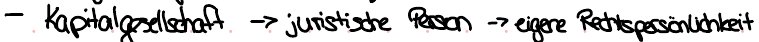
- Kapitalgesellschaft -> juristische Person -> eigene Rechtspersönlichkeit